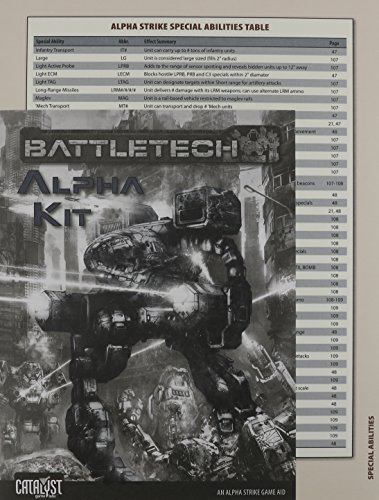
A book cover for Battletech Alpha Kit; Catalyst Game Labs; Science Fiction & Fantasy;